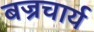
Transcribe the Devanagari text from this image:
बज्रचार्य